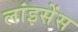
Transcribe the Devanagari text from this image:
लांइसेंस